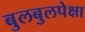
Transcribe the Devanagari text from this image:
बुलबुलपेक्षा